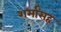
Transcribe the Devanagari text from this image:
शर्मांसह